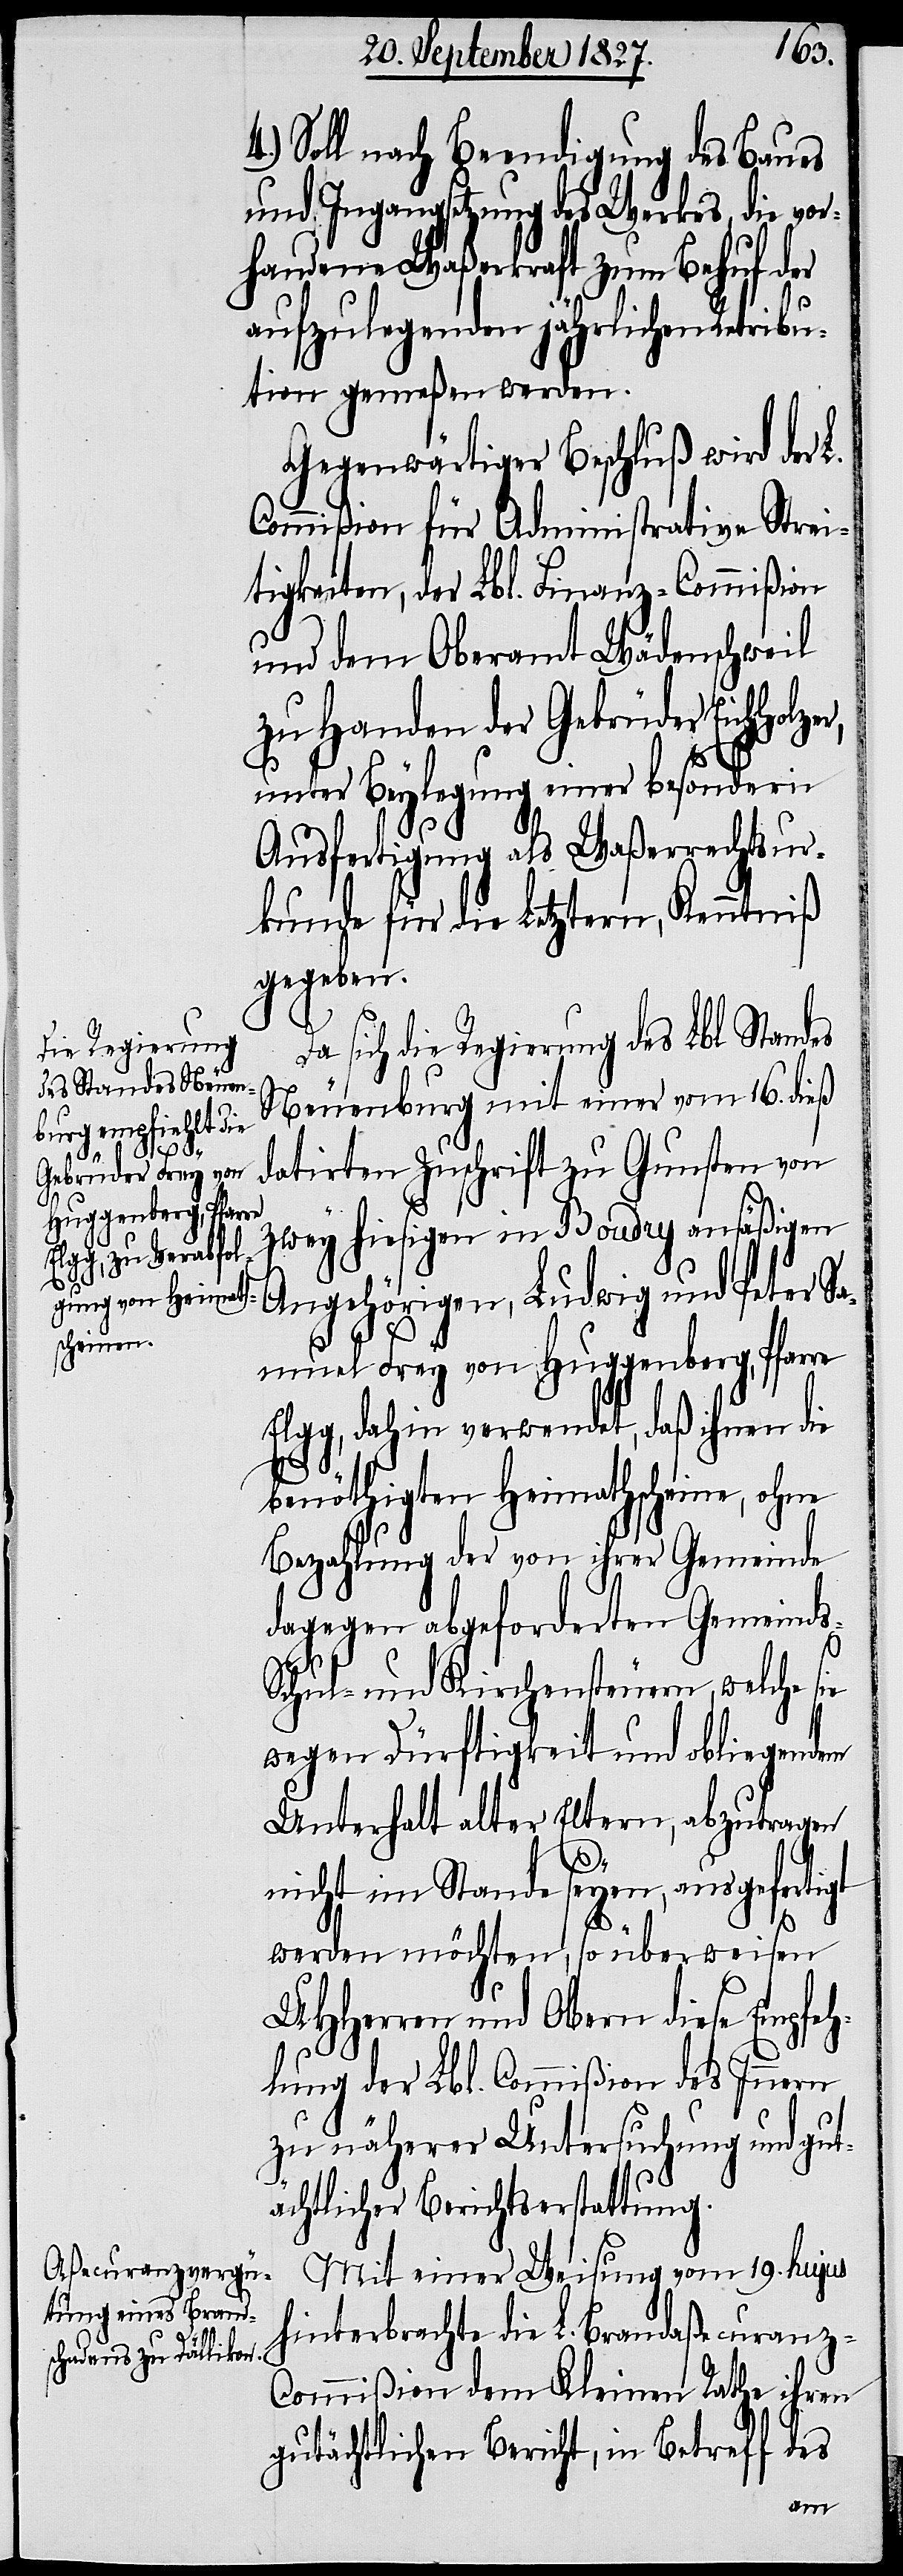
4.) Soll nach Beendigung des Baues
und Ingangsetzung des Werkes, die vor¬
handene Waßerkraft zum Behuf der
aufzulegenden jährlichen Retribu¬
tion gemeßen werden.
Gegenwärtiger Beschluß wird der
Commißion für Administrative Strei¬
tigkeiten, der Lbl. Finanz-Commißion
und dem Oberamt Wädenschweil
zu Handen der Gebrüder Eichholz¬
er,
unter Beylegung einer besondern
Ausfertigung als Waßerrechtsur¬
kunde für die Letztern, Kenntniß
gegeben.
sich die Regierung des Lbl. Standes
Neuenburg mit einer vom 16. dieß
datirten Zuschrift zu Gunsten von
zwey hiesigen in Boudry ansäßigen
Angehörigen, Ludwig und Peter S¬
amuel Frey von Huggenberg, Pfarre
Elgg, dahin verwendet, daß ihnen die
benöthigten Heimathscheine, oh¬
Bezahlung der von ihrer Gemeinde
dagegen abgeforderten Gemeinds-
ne
Schul- und Kirchensteuern, welche sie
wegen Dürftigkeit und obliegendem
Unterhalt alter Eltern, abzutragen
nicht im Stande seyen, ausgefertigt
werden möchten, so überweisen
UHHerren und Obern diese Empfeh¬
lung der Lbl. Commißion des Innern
zu näherer Untersuchung und gut¬
ächtlicher Berichtserstattung.
Mit einer Weisung vom 19. hujus
hinterbrachte die L. Brandaßecuranz-C¬
ommißion dem Kleinen Rathe ihren
gutächtlichen Bericht, in Betreff des